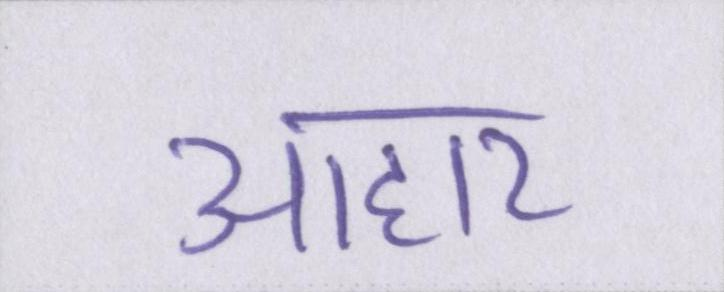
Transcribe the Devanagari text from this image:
आहार